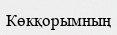
Көкқорымның